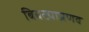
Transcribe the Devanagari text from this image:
बिबट्याप्रणव